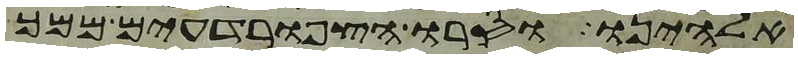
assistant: אלהינו וסרו הצפרדעים ממך